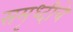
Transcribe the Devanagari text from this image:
समृध्‍दीचे